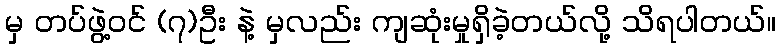
မှ တပ်ဖွဲ့ဝင် (၇)ဦး နဲ့ မှလည်း ကျဆုံးမှုရှိခဲ့တယ်လို့ သိရပါတယ်။